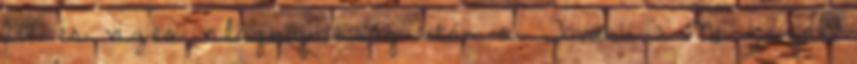
2017-es vizes világbajnokság után a. Tovább › ›Ne zárják